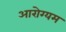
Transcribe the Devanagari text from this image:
आरोग्यम